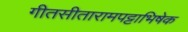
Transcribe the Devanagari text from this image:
गीतसीतारामपट्टाभिषेक